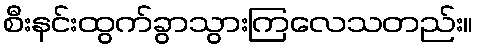
စီးနင်းထွက်ခွာသွားကြလေသတည်း။